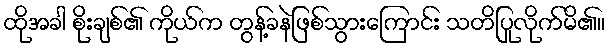
ထိုအခါ စိုးချစ်၏ ကိုယ်က တွန့်ခနဲဖြစ်သွားကြောင်း သတိပြုလိုက်မိ၏။